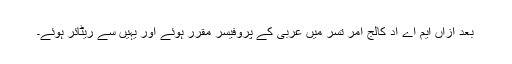
بعد ازاں ایم اے اد کالج امر تسر میں عربی کے پروفیسر مقرر ہوئے اور یہیں سے ریٹائر ہوئے۔